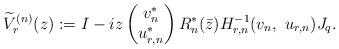
LaTeX: \begin{align*} \widetilde V^{(n)}_r(z):=I-iz \begin{pmatrix} v_n^* \\ u_{r,n}^* \end{pmatrix} R_n^*(\bar z) H_{r,n}^{-1}(v_n,\ u_{r,n})J_q. \end{align*}